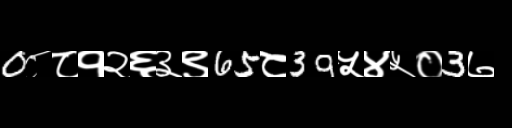
Text: 0८८१२६३९65८39५४५०3७